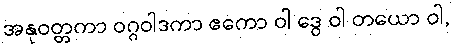
အနုဝတ္တကာ ဝဂ္ဂဝါဒကာ ဧကော ဝါ ဒွေ ဝါ တယော ဝါ,